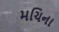
મચિના